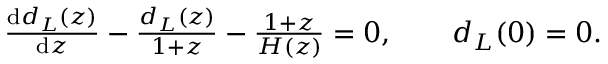
\begin{array} { r } { \frac { \mathrm { d } d _ { L } ( z ) } { \mathrm { d } z } - \frac { d _ { L } ( z ) } { 1 + z } - \frac { 1 + z } { H ( z ) } = 0 , \qquad d _ { L } ( 0 ) = 0 . } \end{array}